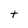
Character: t